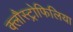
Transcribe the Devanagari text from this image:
क्लौस्ट्रोफिलिया